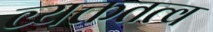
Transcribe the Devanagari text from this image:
व्यक्ततत्व